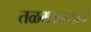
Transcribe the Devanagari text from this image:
तळमजल्याचे